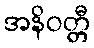
အနိဝတ္တီ